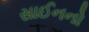
સાઈનનો